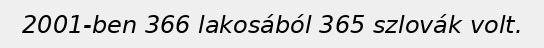
2001-ben 366 lakosából 365 szlovák volt.